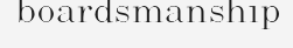
boardsmanship